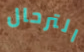
الترحال